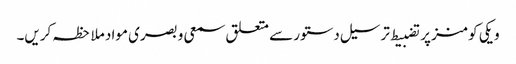
ویکی کومنز پر تضبیط ترسیل دستور سے متعلق سمعی و بصری مواد ملاحظہ کریں۔